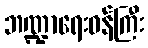
ဘဏ္ဍာရေးဝန်ကြီး